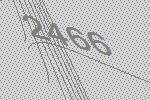
2466